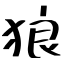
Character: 狼